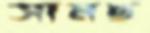
সামছ